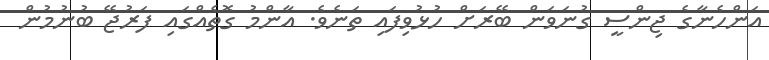
އަންހެނާގެ ޖިންސީ ގުނަވަން ބޭރަށް ހުޅުވިފައި ތަނެވެ. އާންމު ގޮތެއްގައި ފަރުޖޭ ބުނުމުން